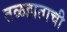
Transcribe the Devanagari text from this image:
तळहाताची